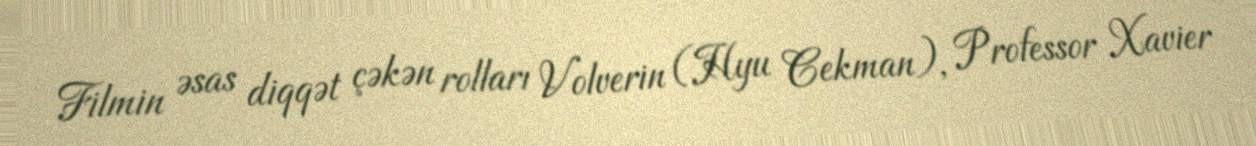
Filmin əsas diqqət çəkən rolları Volverin (Hyu Cekman), Professor Xavier